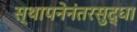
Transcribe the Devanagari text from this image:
स्थापनेनंतरसुद्धा